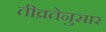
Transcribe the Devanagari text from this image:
तीव्रतेनुसार